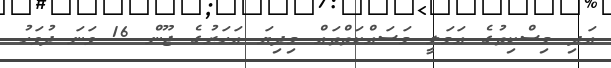
އަދި މިސްކިތުގެ އަމަލީ މަސައްކަތްތައް މިދިޔަ އަހަރުގެ ޖޫން 16 ވަނަ ދުވަހު